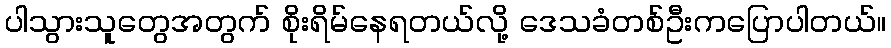
ပါသွားသူတွေအတွက် စိုးရိမ်နေရတယ်လို့ ဒေသခံတစ်ဦးကပြောပါတယ်။